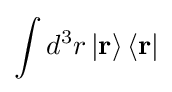
\int {{{d}^{3}}r}\left|\mathbf {r} \right\rangle \left\langle \mathbf {r} \right|